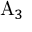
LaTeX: \mathrm { A } _ { 3 }